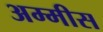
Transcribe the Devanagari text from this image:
अम्मीस